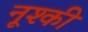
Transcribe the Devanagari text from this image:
नूश्की